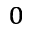
_ 0